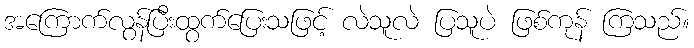
အကြောက်လွန်ပြီးထွက်ပြေးသဖြင့် လဲသူလဲ ပြသူပဲ ဖြစ်ကုန် ကြသည်။